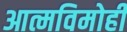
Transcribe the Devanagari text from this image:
आत्मविमोही